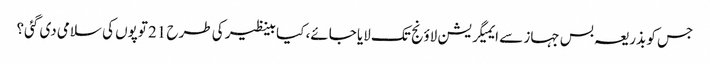
جس کو بذریعہ بس جہاز سے ایمیگریشن لاؤنج تک لایا جائے، کیا بینظیر کی طرح 21 توپوں کی سلامی دی گئی؟